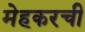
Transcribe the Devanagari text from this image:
मेहकरची